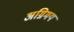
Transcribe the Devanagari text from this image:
अग्निमय